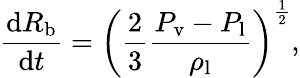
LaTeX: \frac{\mathrm dR_{\mathrm{b}}}{\mathrm dt}=\left(\frac{2}{3}\frac{P_{\mathrm{v}}-P_{\mathrm{l}}}{\rho_{\mathrm{l}}}\right)^{\frac{1}{2}},